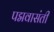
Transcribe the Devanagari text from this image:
पद्मवासंती